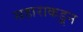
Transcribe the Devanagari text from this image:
सहाराकडून